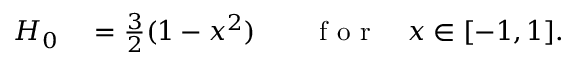
\begin{array} { r l r l } { H _ { 0 } } & { { } = \frac 3 2 ( 1 - x ^ { 2 } ) } & { } & { { } \mathrm { ~ f ~ o ~ r ~ } \quad x \in [ - 1 , 1 ] . } \end{array}